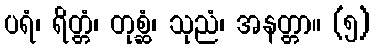
ပရံ၊ ရိတ္တံ၊ တုစ္ဆံ၊ သုညံ၊ အနတ္တာ။ (၅)